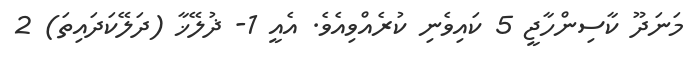
މަނަދޫ ކާސިންހާޖީ 5 ކައިވެނި ކުރެއްވިއެވެ. އެއީ 1- ޛުލޭޚާ (ދަލޭކަދައިތަ) 2